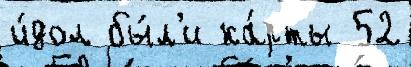
и́дол бы́л'и ка́рты 52